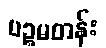
ပဉ္စမတန်း